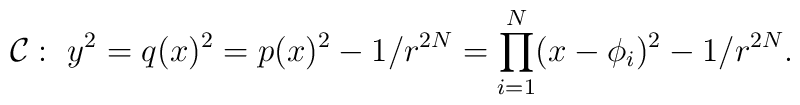
{\cal C}:\ y^{2} = q(x)^{2}= p(x)^{2} - 1/r^{2N} = \prod_{i=1}^{N}(x-\phi_{i})^{2} - 1/r^{2N}.